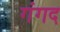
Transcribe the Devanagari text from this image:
गंगद